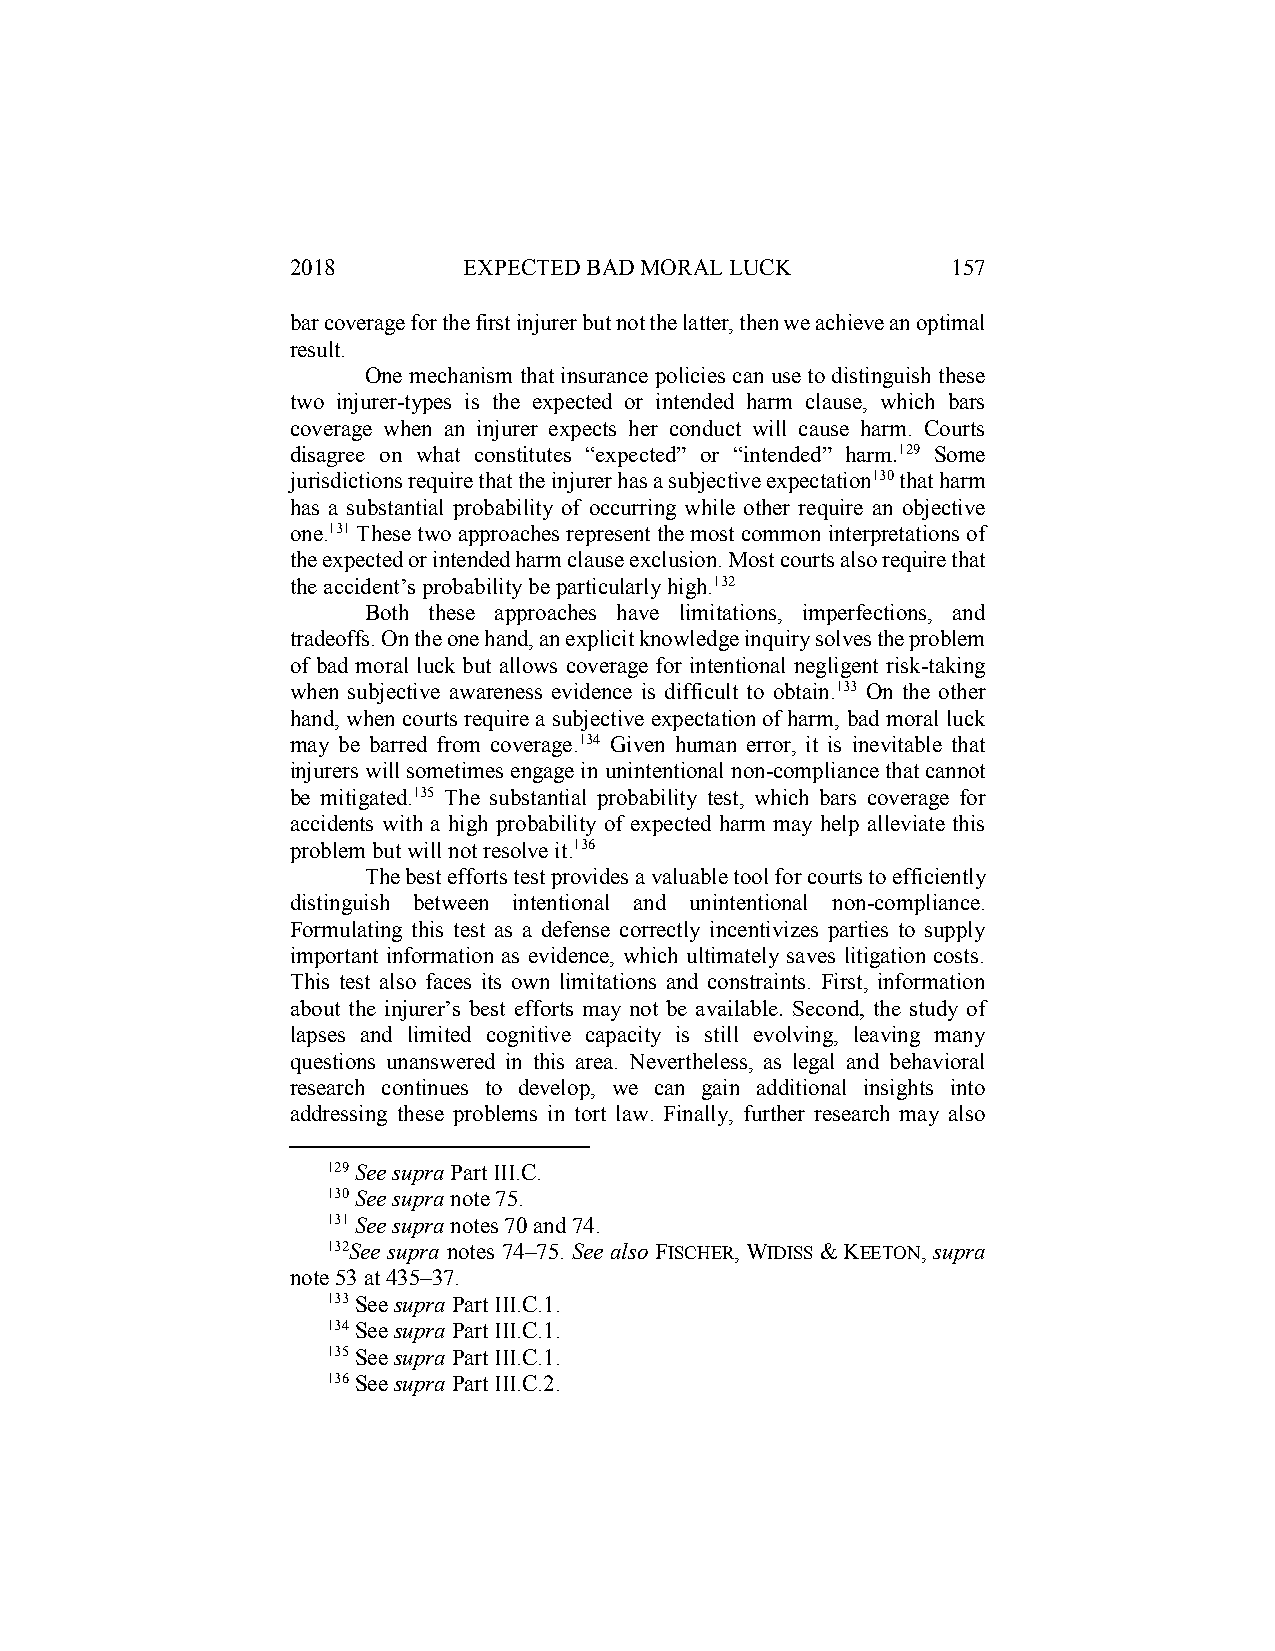
2018        EXPECTED BAD MORAL LUCK         157
 bar coverage for the first injurer but not the latter, then we achieve an optimal
 result.
 One mechanism that insurance policies can use to distinguish these
 two injurer-types is the expected or intended harm clause, which bars
 coverage when an injurer expects her conduct will cause harm. Courts
 disagree on what constitutes “expected” or “intended” harm.129 Some
 jurisdictions require that the injurer has a subjective expectation130 that harm
 has a substantial probability of occurring while other require an objective
 one.131 These two approaches represent the most common interpretations of
 the expected or intended harm clause exclusion. Most courts also require that
 the accident’s probability be particularly high.132
 Both these approaches have limitations, imperfections, and
 tradeoffs. On the one hand, an explicit knowledge inquiry solves the problem
 of bad moral luck but allows coverage for intentional negligent risk-taking
 when subjective awareness evidence is difficult to obtain.133 On the other
 hand, when courts require a subjective expectation of harm, bad moral luck
 may be barred from coverage.134 Given human error, it is inevitable that
 injurers will sometimes engage in unintentional non-compliance that cannot
 be mitigated.135 The substantial probability test, which bars coverage for
 accidents with a high probability of expected harm may help alleviate this
 problem but will not resolve it.136
 The best efforts test provides a valuable tool for courts to efficiently
 distinguish between intentional and unintentional non-compliance.
 Formulating this test as a defense correctly incentivizes parties to supply
 important information as evidence, which ultimately saves litigation costs.
 This test also faces its own limitations and constraints. First, information
 about the injurer’s best efforts may not be available. Second, the study of
 lapses and limited cognitive capacity is still evolving, leaving many
 questions unanswered in this area. Nevertheless, as legal and behavioral
 research continues to develop, we can gain additional insights into
 addressing these problems in tort law. Finally, further research may also
 129 See supra Part III.C.
 130 See supra note 75.
 131 See supra notes 70 and 74.
 132See supra notes 74–75. See also FISCHER, WIDISS & KEETON, supra
 note 53 at 435–37.
 133 See supra Part III.C.1.
 134 See supra Part III.C.1.
 135 See supra Part III.C.1.
 136 See supra Part III.C.2.